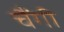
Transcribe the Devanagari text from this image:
चैंगी